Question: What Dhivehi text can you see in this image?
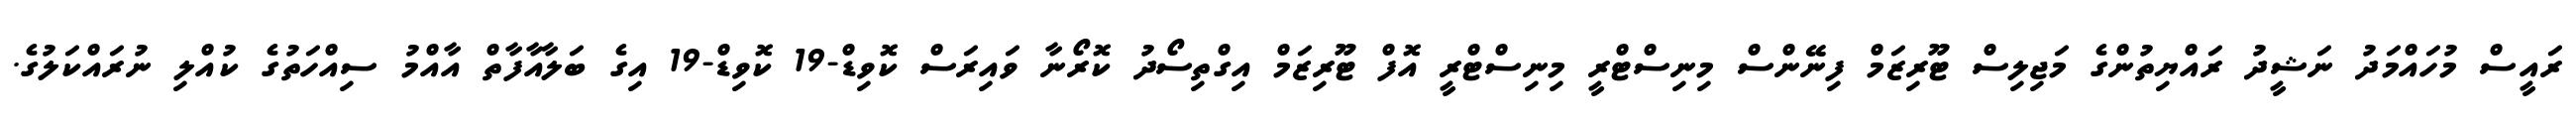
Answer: ރައީސް މުހައްމަދު ނަޝީދު ރައްޔިތުންގެ މަޖިލިސް ޓޫރިޒަމް ފިނޭންސް މިނިސްޓްރީ މިނިސްޓްރީ އޮފް ޓޫރިޒަމް އިގްތިސޯދު ކޮރޯނާ ވައިރަސް ކޮވިޑް-19 ކޮވިޑް-19 އިގެ ބަލާއާފާތް އާއްމު ސިއްހަތުގެ ކުއްލި ނުރައްކަލުގެ.